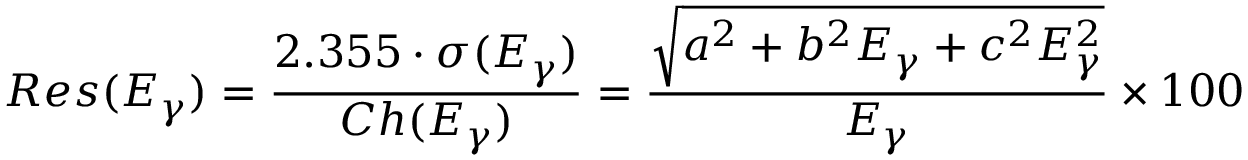
R e s ( E _ { \gamma } ) = \frac { 2 . 3 5 5 \cdot \sigma ( E _ { \gamma } ) } { C h ( E _ { \gamma } ) } = \frac { \sqrt { a ^ { 2 } + b ^ { 2 } E _ { \gamma } + c ^ { 2 } E _ { \gamma } ^ { 2 } } } { E _ { \gamma } } \times 1 0 0 \